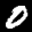
Label: 0